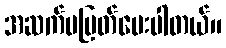
အဆက်မပြတ်မေးပါတယ်။